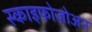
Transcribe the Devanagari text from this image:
स्काइफ़ोज़ोअन